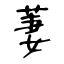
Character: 萋